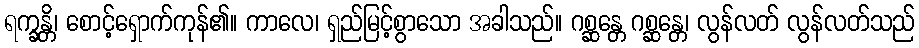
ရက္ခန္တိ၊ စောင့်ရှောက်ကုန်၏။ ကာလေ၊ ရှည်မြင့်စွာသော အခါသည်။ ဂစ္ဆန္တေ ဂစ္ဆန္တေ၊ လွန်လတ် လွန်လတ်သည်